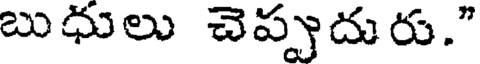
బుధులు చెప్పుదురు."